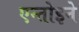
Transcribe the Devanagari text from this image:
एन्तोइने